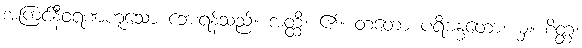
အကြင်နီဝရဏဟူသော ဘေးရန်သည်။ အတ္ထိ၊ ၏။ တတော ပရိဗန္ဓတော၊ မှ။ စိတ္တံ၊